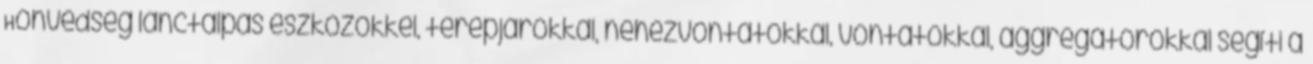
Honvédség lánctalpas eszközökkel, terepjárókkal, nehézvontatókkal, vontatókkal, aggregátorokkal segíti a